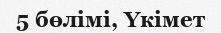
5 бөлімі, Үкімет